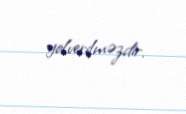
yolverilməzdir.